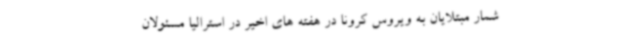
شمار مبتلایان به ویروس کرونا در هفته های اخیر در استرالیا مسئولان